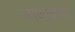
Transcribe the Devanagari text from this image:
नाथाज्ञया